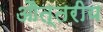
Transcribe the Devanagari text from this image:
औत्तरीय